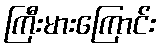
ကြီးမားကြောင်း